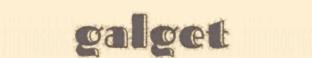
galget